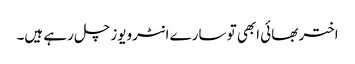
اختر بھائی ابھی تو سارے انٹرویوز چل رہے ہیں۔